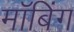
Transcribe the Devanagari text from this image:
मॉबिंग